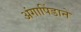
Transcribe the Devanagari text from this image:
अंगापिंडाने